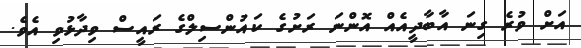
އަށް ވުރެ ގިނަ އާބާދީއެއް އޮންނަ ރަށުގެ ކައުންސިލްގެ ރައީސް ވިދާޅުވި އެވެ.